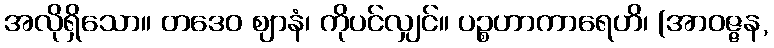
အလိုရှိသော။ တဒေဝ ဈာနံ၊ ကိုပင်လျှင်။ ပဉ္စဟာကာရေဟိ၊ (အာဝဇ္ဇန,